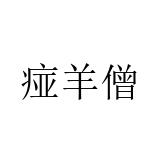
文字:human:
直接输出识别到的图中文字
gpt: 痖羊僧